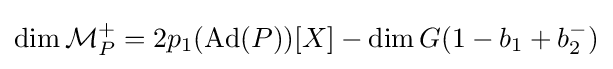
\dim {\mathcal {M}}_{P}^{+}=2p_{1}(\operatorname {Ad} (P))[X]-\dim G(1-b_{1}+b_{2}^{-})